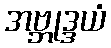
အဗ္ဘုဒ္ဒယံ